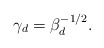
\begin{align*}\gamma_d = \beta_d^{-1/2}. \end{align*}